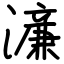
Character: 濓